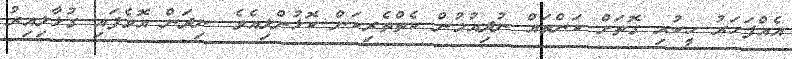
އެއްފަހަރު ހީކުރި ގޮތަށް ކަންތައް ނުދިއުމުން ކެތްތެރިކަން ކޮޅުންލިއެވެ. ނިދަން އޮވެފައި ގުޅާލިއިރު